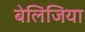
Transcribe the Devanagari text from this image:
बेलिजिया